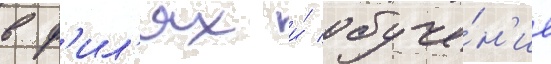
в ф'ил'ях и́ обуче́н'ие